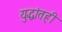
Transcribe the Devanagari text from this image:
युद्धांतही